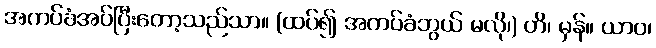
အကပ်ခံအပ်ပြီးတော့သည်သာ။ (ထပ်၍ အကပ်ခံဘွယ် မလို၊) ဟိ၊ မှန်။ ယာဝ၊